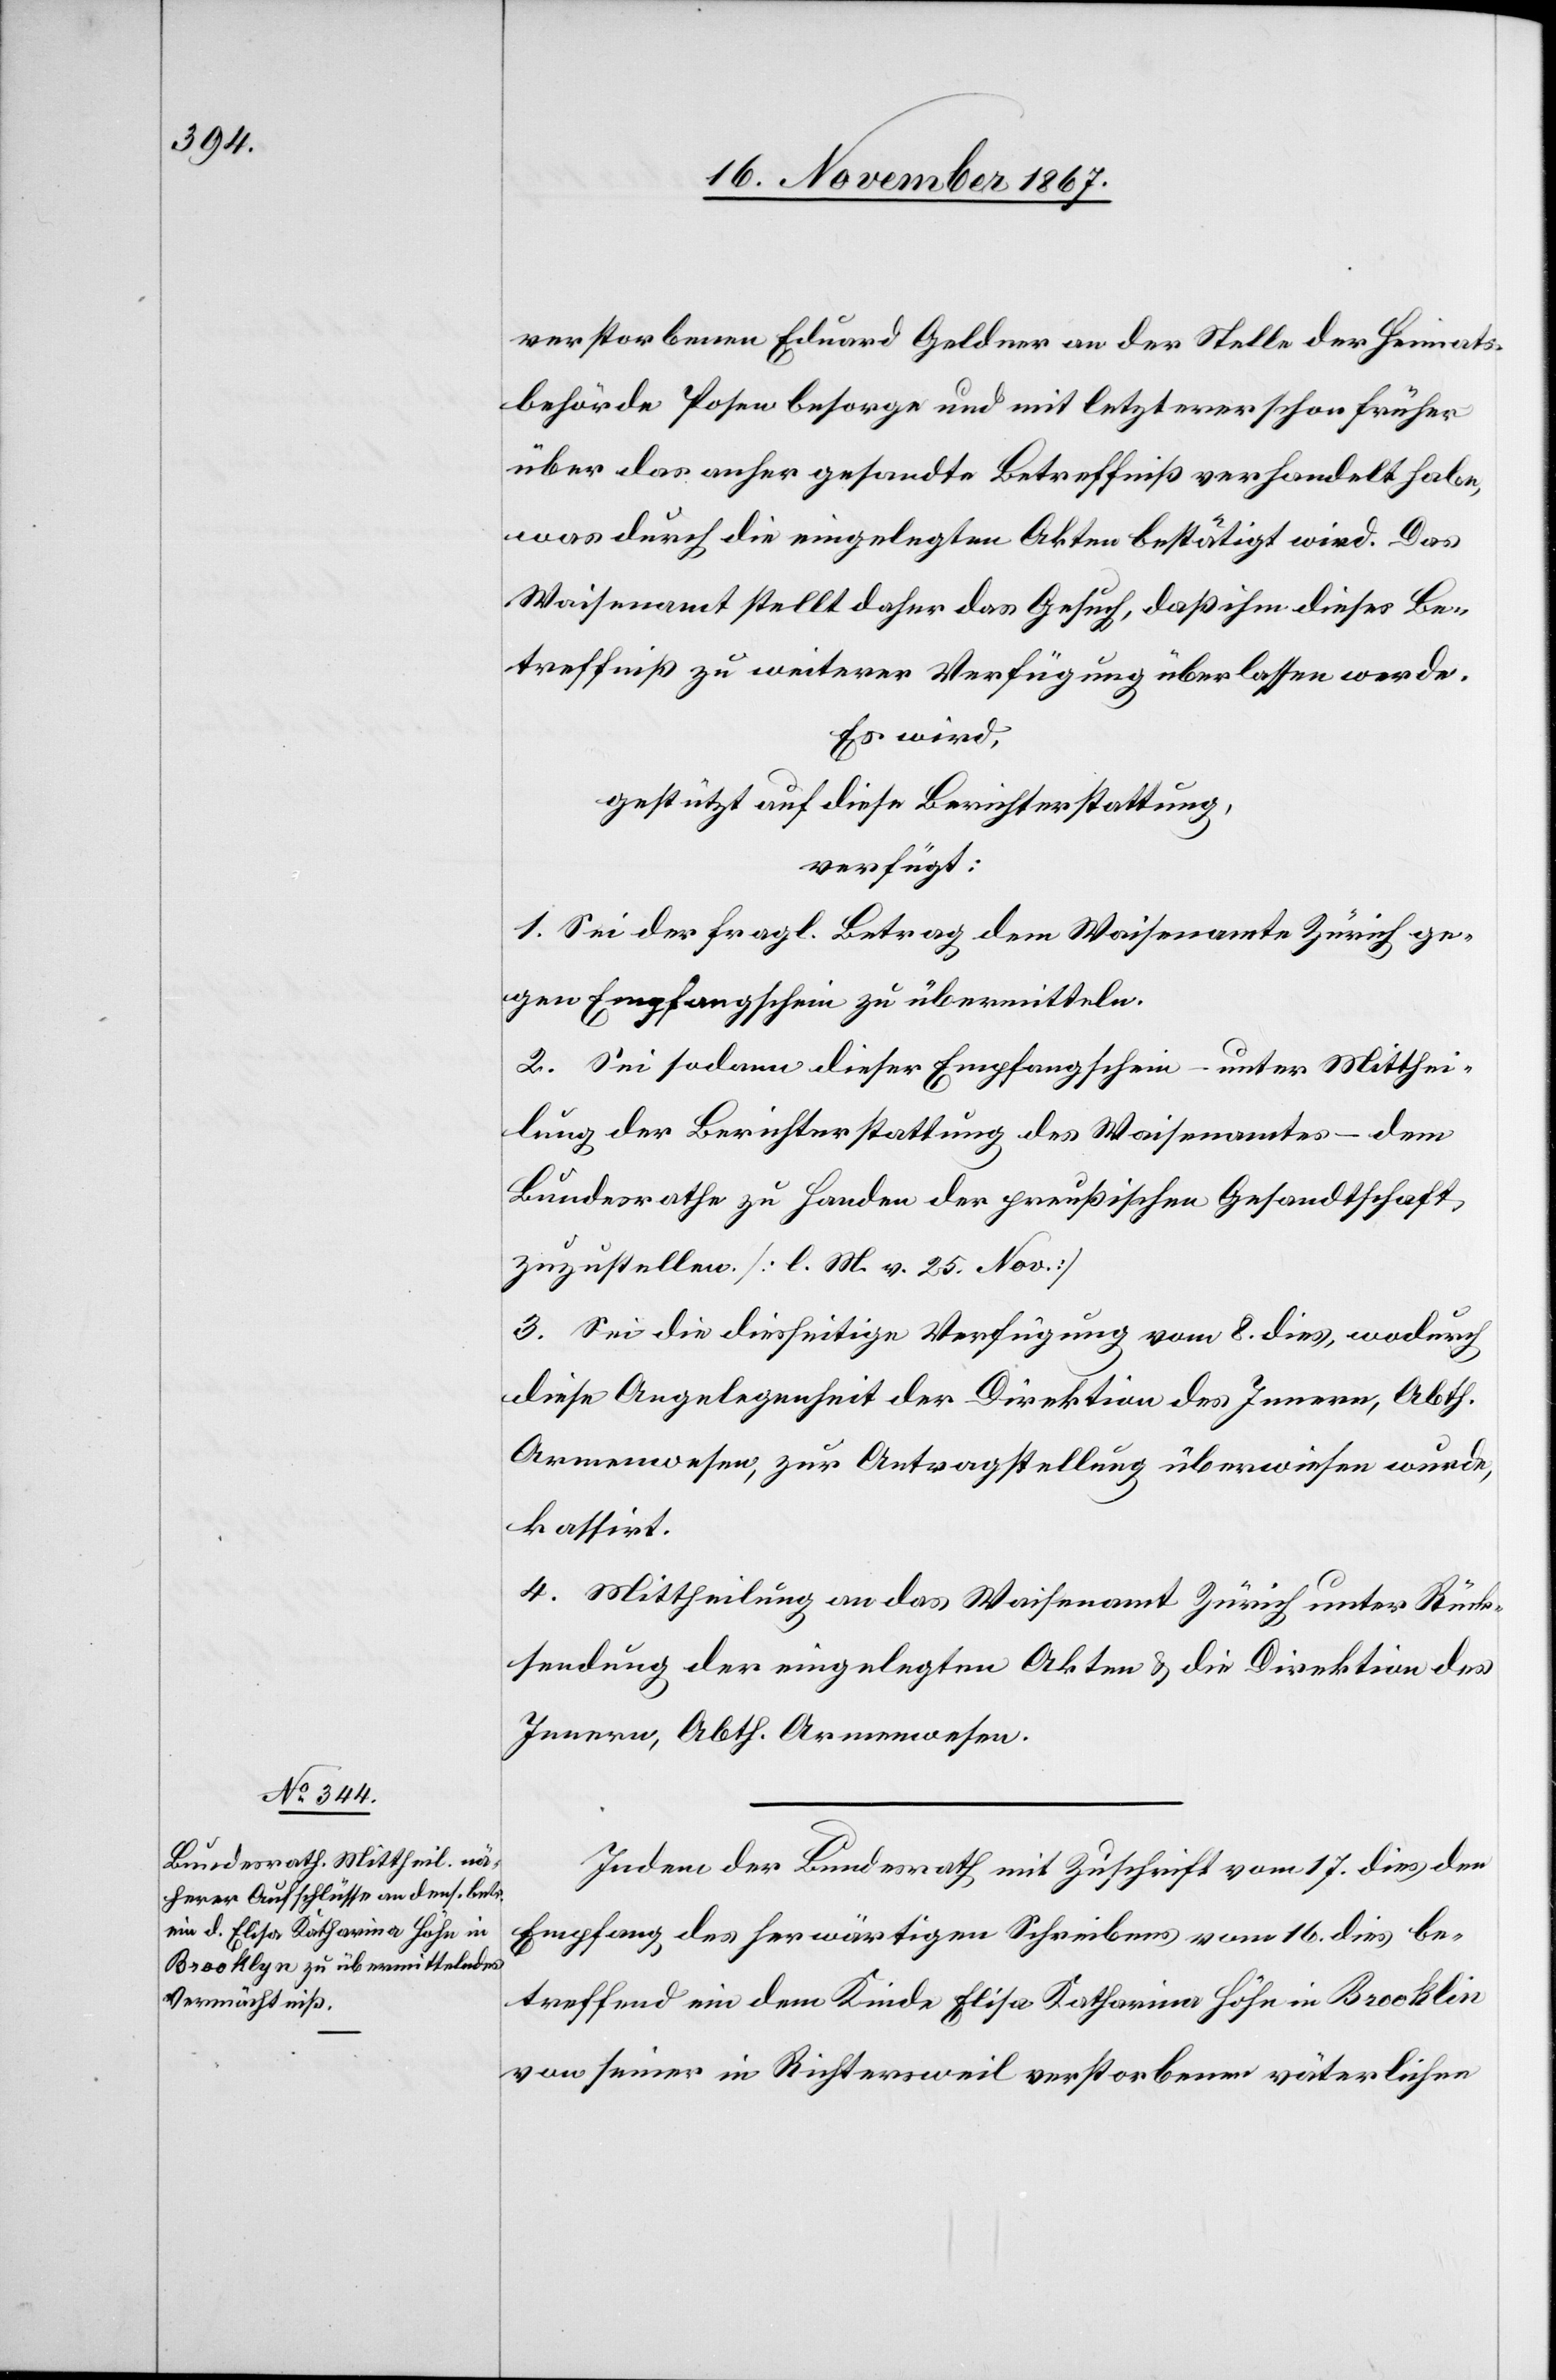
verstorbenen Eduard Geldner an der Stelle der Heimats¬
behörde Posen besorge und mit letzterer schon früher
über das anher gesandte Betreffniß verhandelt habe,
was durch die eingelegten Akten bestätigt wird. Das
Waisenamt stellt daher das Gesuch, daß ihm dieses Be¬
treffniß zu weiterer Verfügung überlassen werde.
Es wird,
gestützt auf diese Berichterstattung,
verfügt:
1. Sei der fragl. Betrag dem Waisenamte Zürich ge¬
gen Empfangschein zu übermitteln.
2. Sei sodann dieser Empfangschein – unter Mitthei¬
lung der Berichterstattung des Waisenamtes – dem
Bundesrathe zu Handen der preußischen Gesandtschaft
zuzustellen [l. M. v. 25. Nov.]
3. Sei die diesseitige Verfügung vom 8. dies, wodurch
diese Angelegenheit der Direktion des Innern, Abth.
Armenwesen, zur Antragstellung überwiesen wurde,
kassirt.
4. Mittheilung an das Waisenamt Zürich unter Rück¬
stellung der eingelegten Akten u. die Direktion des
Innern, Abth. Armenwesen.